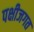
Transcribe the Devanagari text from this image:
पक्षीजगत